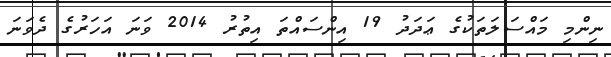
ނިންމި މައްސަލަތަކުގެ ޢަދަދު 19 އިންސައްތަ އިތުރު 2014 ވަނަ އަހަރުގެ ދެވަނަ